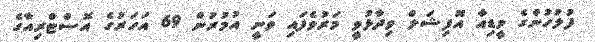
ފުލުހުންގެ މީޑިއާ އޮފިޝަލް ވިދާޅުވީ މަރުވެފައި ވަނީ އުމުރުން 69 އަހަރުގެ އޮސްޓްރިއާގެ